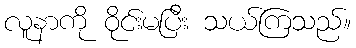
လူနာကို ဝိုင်းမပြီး သယ်ကြသည်။